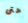
حتى